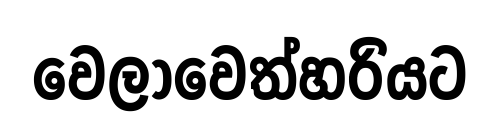
වෙලාවෙත්හරියට